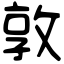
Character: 敦